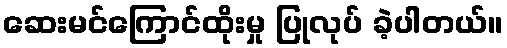
ဆေးမင်ကြောင်ထိုးမှု ပြုလုပ် ခဲ့ပါတယ်။